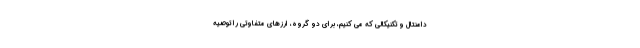
دامنتال و تکنیکالی که می کنیم، برای دو گروه، ارزهای متفاوتی را توصیه